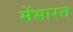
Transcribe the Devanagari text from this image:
मेंभारत